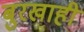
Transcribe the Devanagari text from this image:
बुरखाही